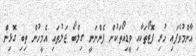
އާންމުވެފައި ހުރި ފޮޓޯތަކާއި ވީޑިއޯތަކުން ފެންނަނީ ގިލްބޯ ޖަލުތައި އެމީހުން ތިބި ގޮޅިން